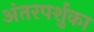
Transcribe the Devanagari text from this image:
अंतरपर्शुका